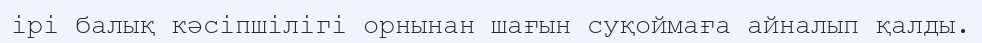
ірі балық кәсіпшілігі орнынан шағын суқоймаға айналып қалды.